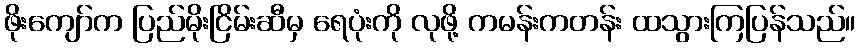
ဖိုးကျော်က ပြည်မိုးငြိမ်းဆီမှ ရေပုံးကို လုဖို့ ကမန်းကတန်း ထသွားကြပြန်သည်။